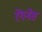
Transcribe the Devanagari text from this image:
रेंगनेस